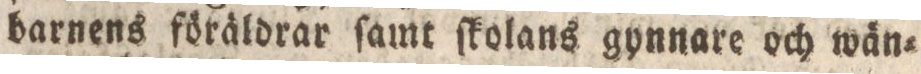
barnens föräldrar ſamt ſkolans gynnare och wän=